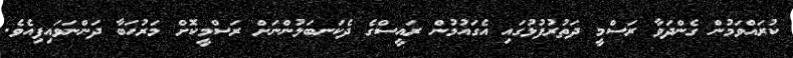
ކުރައްވަމުން ގެންދަވާ ރަސްމީ ދަތުރުފުޅުގައި އެގައުމުން ރައީސްގެ ދެކަނބަލުންނަށް ރަސްމީކޮށް މަރުހަބާ ދަންނަވައިފިއެވެ.